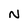
Character: N